Annual administration report of the Civil Veterinary Department of India - 1896-1897
Year: 1896
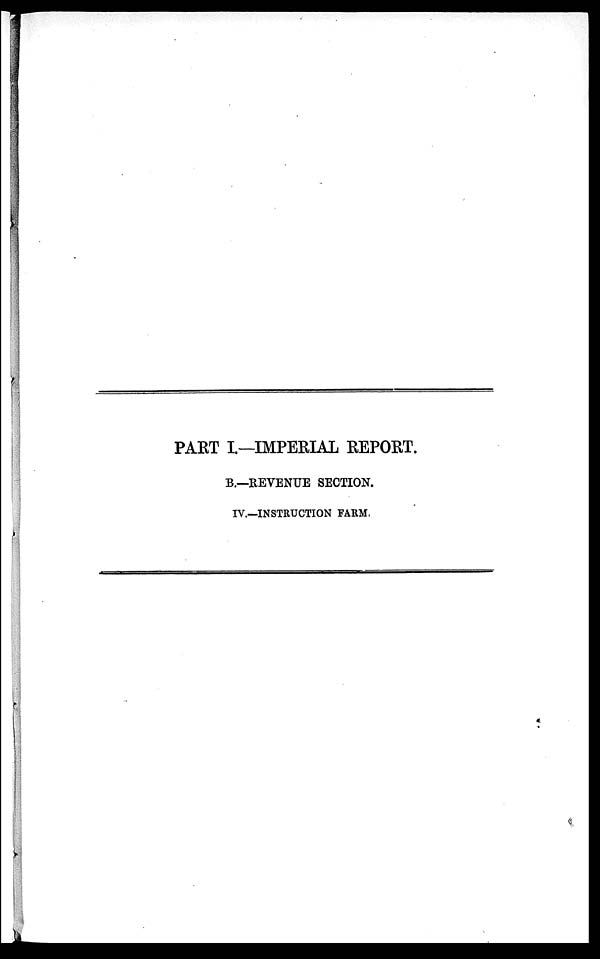
PART I.—IMPERIAL REPORT.
B.—REVENUE SECTION.
IV.—INSTRUCTION FARM,